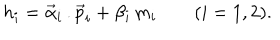
h _ { i } = \vec { \alpha } _ { i } \, . \vec { p } _ { i } + \beta _ { i } \, m _ { i } \qquad ( i = 1 , 2 ) .